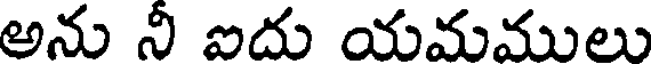
అను నీ ఐదు యమములు